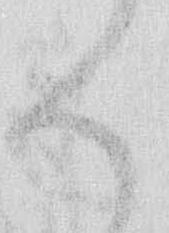
く